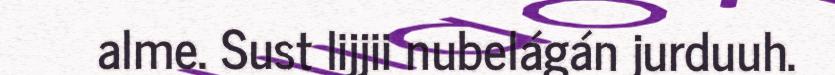
alme. Sust lijjii nubelágán jurduuh.